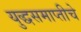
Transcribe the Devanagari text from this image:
युद्धसमाप्तीचे